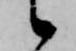
候